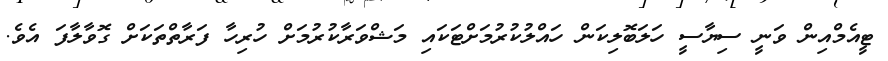
ޓީއެމްއިން ވަނީ ސިޔާސީ ހަލަބޮލިކަން ހައްލުކުރުމަށްޓަކައި މަޝްވަރާކުރުމަށް ހުރިހާ ފަރާތްތަކަށް ގޮވާލާފަ އެވެ.